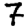
Digit: 7